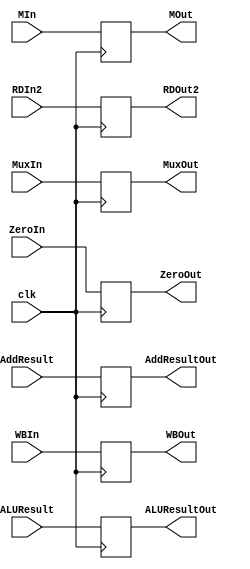
`timescale 1ns / 1ps
//////////////////////////////////////////////////////////////////////////////////
// Company: 
// Engineer: 
// 
// Design Name: 
// Module Name:    EX-MEM 
// Project Name: 
// Target Devices: 
// Tool versions: 
// Description: 
//
// Dependencies: 
//
// Revision: 
// Revision 0.01 - File Created
// Additional Comments: 
//
//////////////////////////////////////////////////////////////////////////////////
module EXMEM(clk,MIn,WBIn,ALUResult,AddResult,ZeroIn, RDIn2,MuxIn,MOut,WBOut,ALUResultOut,AddResultOut,ZeroOut, RDOut2,MuxOut
    );
input clk;
input  [0:1] WBIn;
input  [0:2] MIn;
input [0:31] AddResult,ALUResult,RDIn2;
input  [0:4] MuxIn;
input ZeroIn;
output reg [0:1] WBOut;
output reg [0:2] MOut;
output reg [0:31] AddResultOut,ALUResultOut,RDOut2;
output reg [0:4] MuxOut;
output reg ZeroOut;

initial begin

WBOut =0;
MOut =0;
AddResultOut =0;
ALUResultOut =0;
RDOut2 =0;
MuxOut =0;
ZeroOut =0;

end

always@(posedge clk)
begin

WBOut <= WBIn;
MOut <= MIn;
AddResultOut <= AddResult;
ALUResultOut <= ALUResult;
RDOut2 <= RDIn2;
MuxOut <= MuxIn;
ZeroOut <= ZeroIn;




end

endmodule